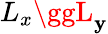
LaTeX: L_{x}\ggL_{\mathbf{y}}